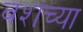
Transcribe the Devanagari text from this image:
वशच्या